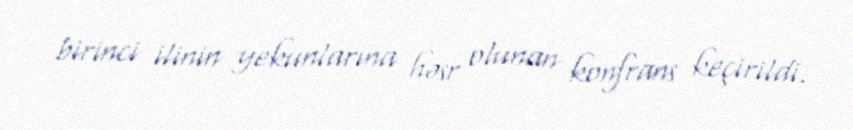
birinci ilinin yekunlarına həsr olunan konfrans keçirildi.